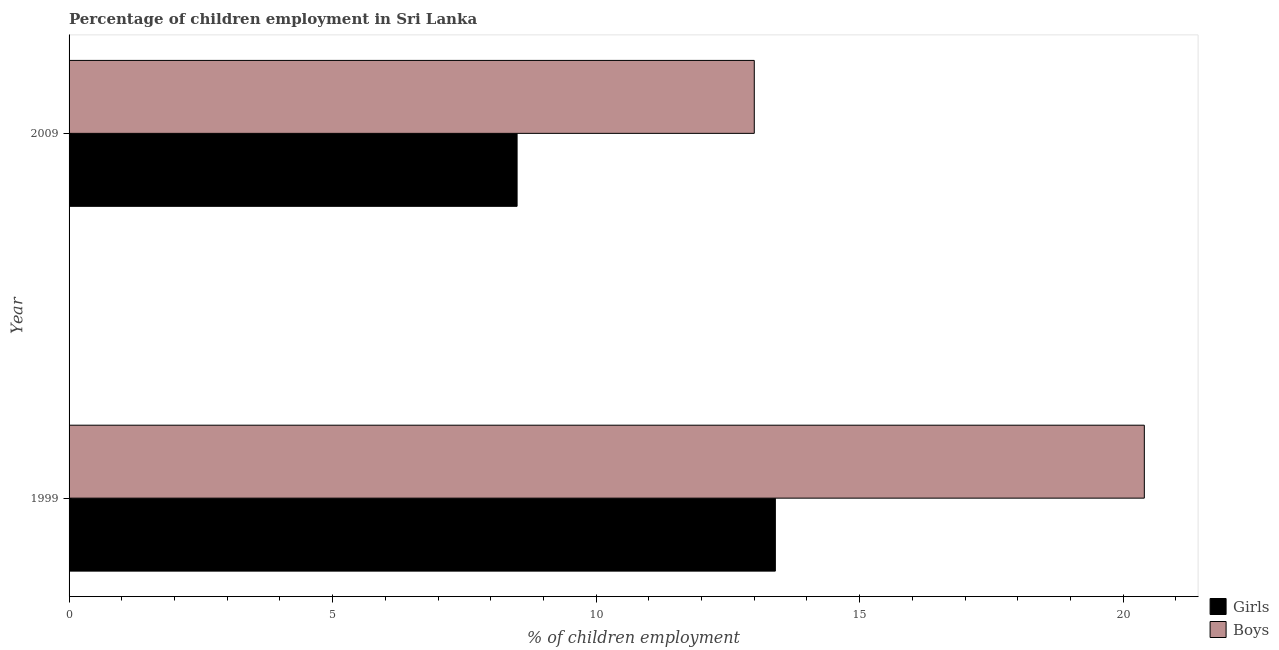
| Year | Girls | Boys |
 | --- | --- | --- |
 | 1999 | 13.4 | 20.4 |
 | 2009 | 8.5 | 13 |